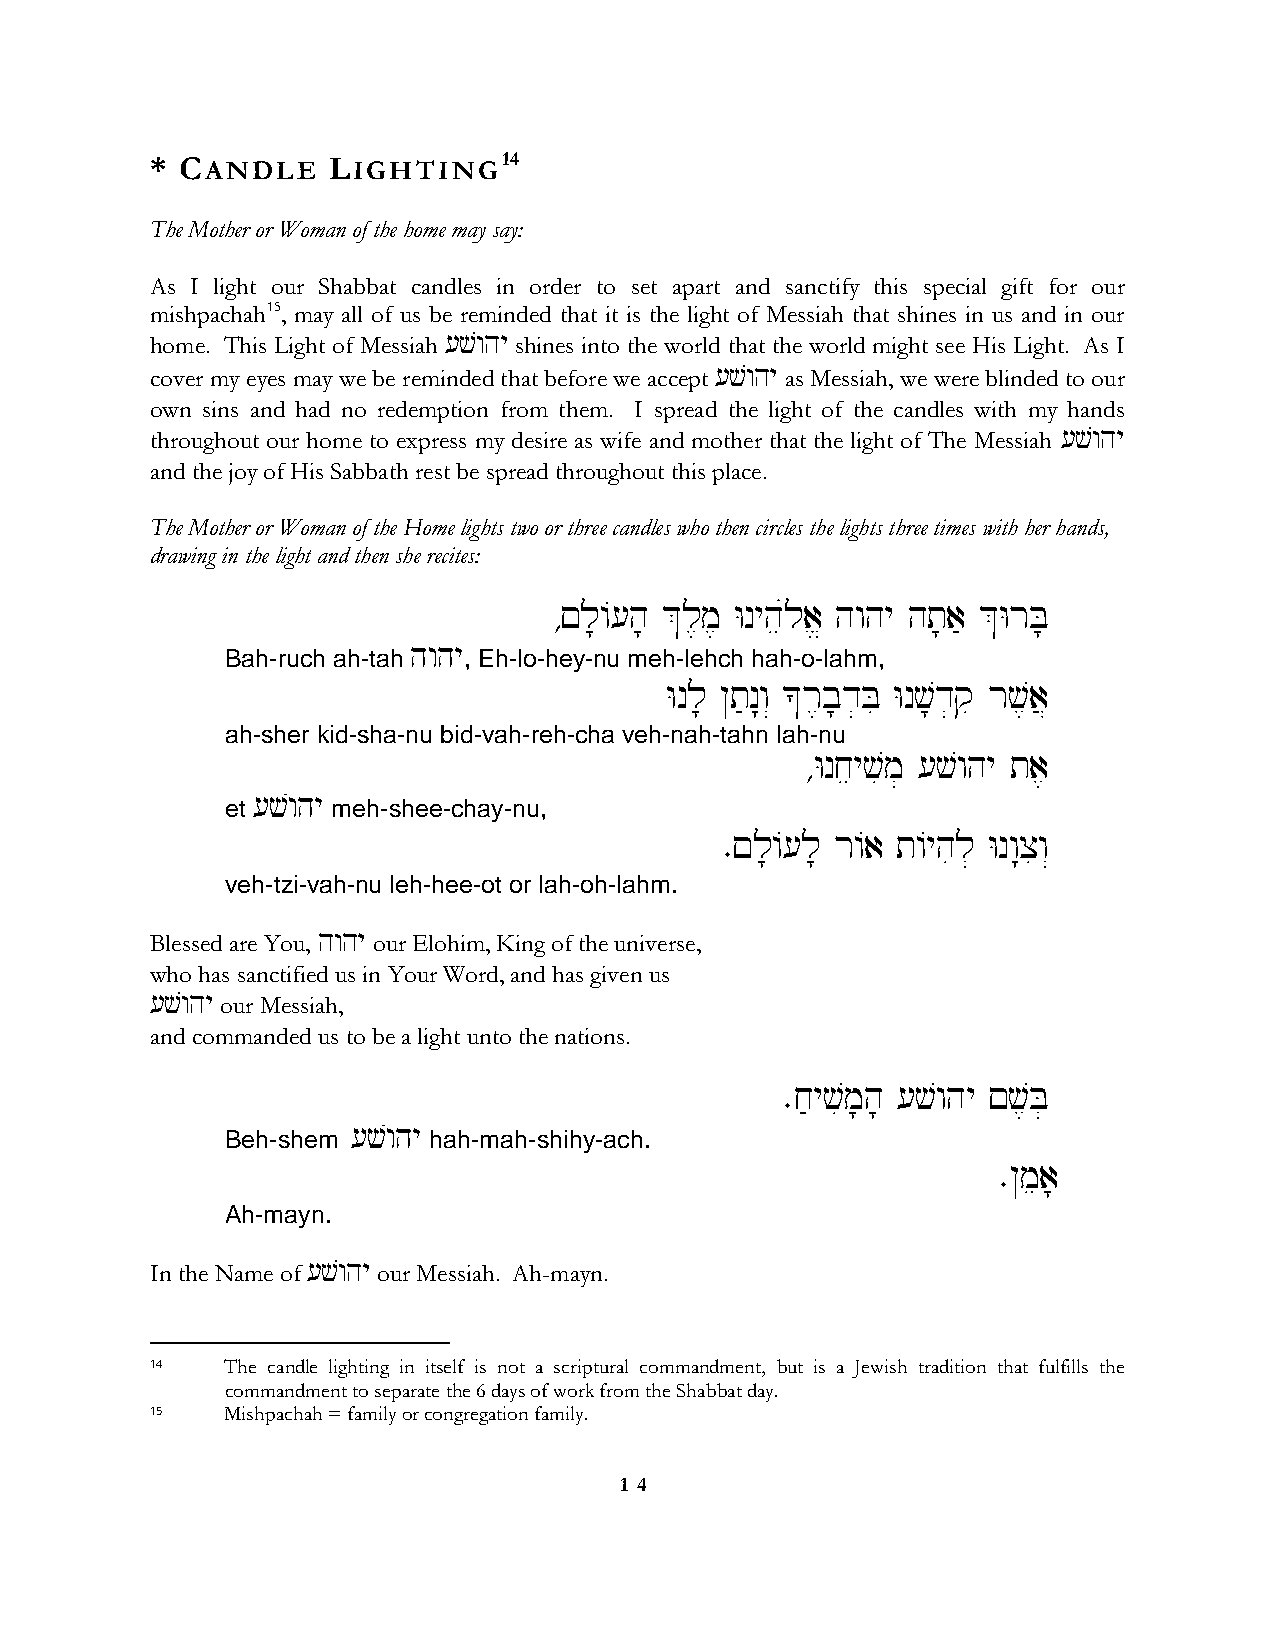
* CANDLE    LIGHTING14
 The Mother or Woman of the home may say:
 As I light our Shabbat candles in order to set apart and sanctify this special gift for our
 mishpachah15, may all of us be reminded that it is the light of Messiah that shines in us and in our
 home. This Light of Messiah [vwhy shines into the world that the world might see His Light. As I
 cover my eyes may we be reminded that before we accept [vwhy as Messiah, we were blinded to our
 own sins and had no redemption from them. I spread the light of the candles with my hands
 throughout our home to express my desire as wife and mother that the light of The Messiah [vwhy
 and the joy of His Sabbath rest be spread throughout this place.
 The Mother or Woman of the Home lights two or three candles who then circles the lights three times with her hands,
 drawing in the light and then she recites:
 ∆!l;/[h; &l,m, Wnyheúla> hwhy ht;a' &WrB;
 hwhy
 Bah-ruch ah-tah , Eh-lo-hey-nu meh-lehch hah-o-lahm,
 Wnl; @t'n:w“ *r,b;d]Bi Wnv;d]qi rv,a}
 ah-sher kid-sha-nu bid-vah-reh-cha veh-nah-tahn lah-nu
 ∆Wnjeyvim] [vwhy ta,
 [vwhy
 et     meh-shee-chay-nu,
 ∑!l;/[l; r/a t/yhil] Wnw:xiw“
 veh-tzi-vah-nu leh-hee-ot or lah-oh-lahm.
 Blessed are You, hwhy our Elohim, King of the universe,
 who has sanctified us in Your Word, and has given us
 [vwhy our Messiah,
 and commanded us to be a light unto the nations.
 ∑j'yvim;h; [vwhy !v,B]
 [vwhy
 Beh-shem     hah-mah-shihy-ach.
 ∑@mea;
 Ah-mayn.
 In the Name of [vwhy our Messiah. Ah-mayn.
 14   The candle lighting in itself is not a scriptural commandment, but is a Jewish tradition that fulfills the
 commandment to separate the 6 days of work from the Shabbat day.
 15   Mishpachah = family or congregation family.
 1 4